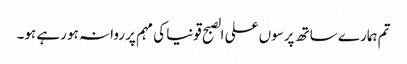
تم ہمارے ساتھ پرسوں علی الصبح قونیا کی مہم پر روانہ ہو رہے ہو۔